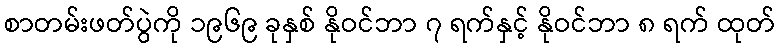
စာတမ်းဖတ်ပွဲကို ၁၉၆၉ ခုနှစ် နိုဝင်ဘာ ၇ ရက်နှင့် နိုဝင်ဘာ ၈ ရက် ထုတ်